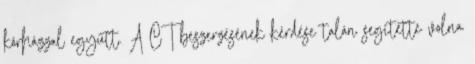
kórházzal együtt. A CT beszerzésének kérdése talán segítette volna